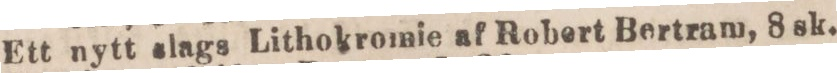
Ett nytt slags Lithokromie af Robert Bertram, 8 sk.